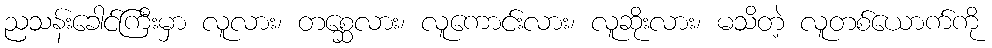
ညသန်းခေါင်ကြီးမှာ လူလား၊ တစ္ဆေလား၊ လူကောင်းလား၊ လူဆိုးလား၊ မသိတဲ့ လူတစ်ယောက်ကို